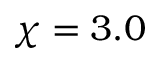
\chi = 3 . 0